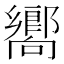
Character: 嚮